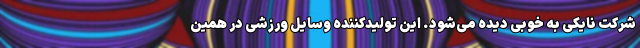
شرکت نایکی به خوبی دیده می‌شود. این تولیدکننده وسایل ورزشی در همین